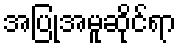
အပြုအမူဆိုင်ရာ